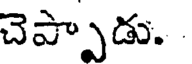
చెప్పాడు.